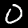
Label: 0